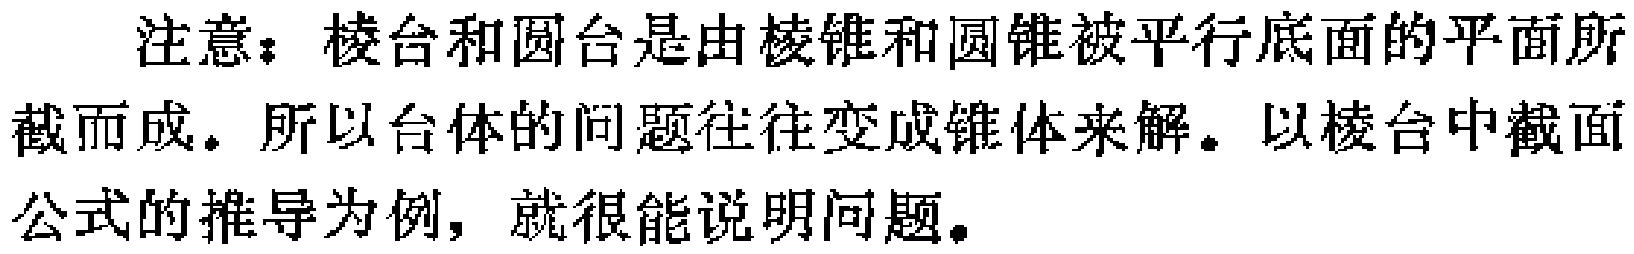
注意：棱台和圆台是由棱锥和圆锥被平行底面的平面所截而成。所以台体的问题往往变成锥体来解。以棱台中截面公式的推导为例，就很能说明问题。